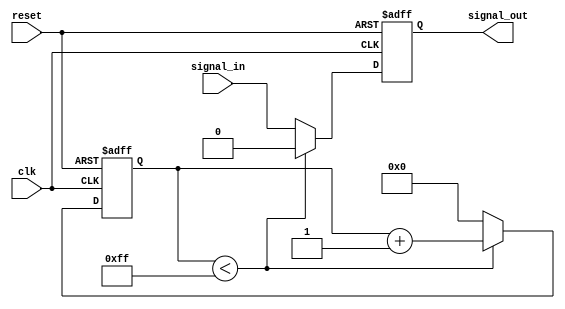
module timing_control_and_sync (
    input wire clk,
    input wire reset,
    input wire signal_in,
    output reg signal_out
);

reg [7:0] delay_count;

always @(posedge clk or posedge reset) begin
    if (reset) begin
        delay_count <= 8'b0;
        signal_out <= 1'b0;
    end else begin
        if (delay_count < 8'hFF) begin
            delay_count <= delay_count + 1;
            signal_out <= 1'b0;
        end else begin
            delay_count <= 8'b0;
            signal_out <= signal_in;
        end
    end
end

endmodule